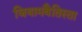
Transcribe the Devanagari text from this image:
जियामबैतिस्ता